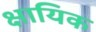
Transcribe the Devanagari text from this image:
क्षायिक